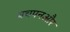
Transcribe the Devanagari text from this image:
बचपनऔर